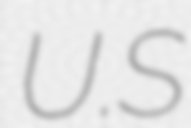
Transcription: U.S